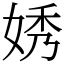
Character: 㛢